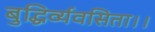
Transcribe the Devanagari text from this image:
बुद्धिर्व्यवसिता।।